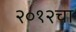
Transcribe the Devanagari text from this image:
२०१२चा